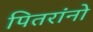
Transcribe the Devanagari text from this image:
पितरांनो